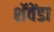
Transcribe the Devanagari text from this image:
शॅवेंडा